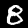
Digit: 8